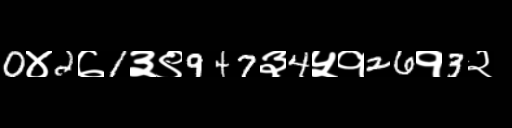
Text: 0४2७1३९947३4५१26१3२